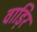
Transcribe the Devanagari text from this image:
वाड़िर